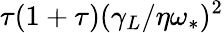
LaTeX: \tau(1+\tau)(\gamma_{L}/\eta\omega_{*})^{2}